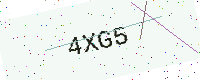
Text: 4XG5